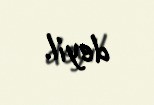
deyil.